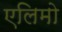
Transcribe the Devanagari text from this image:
एलिमो